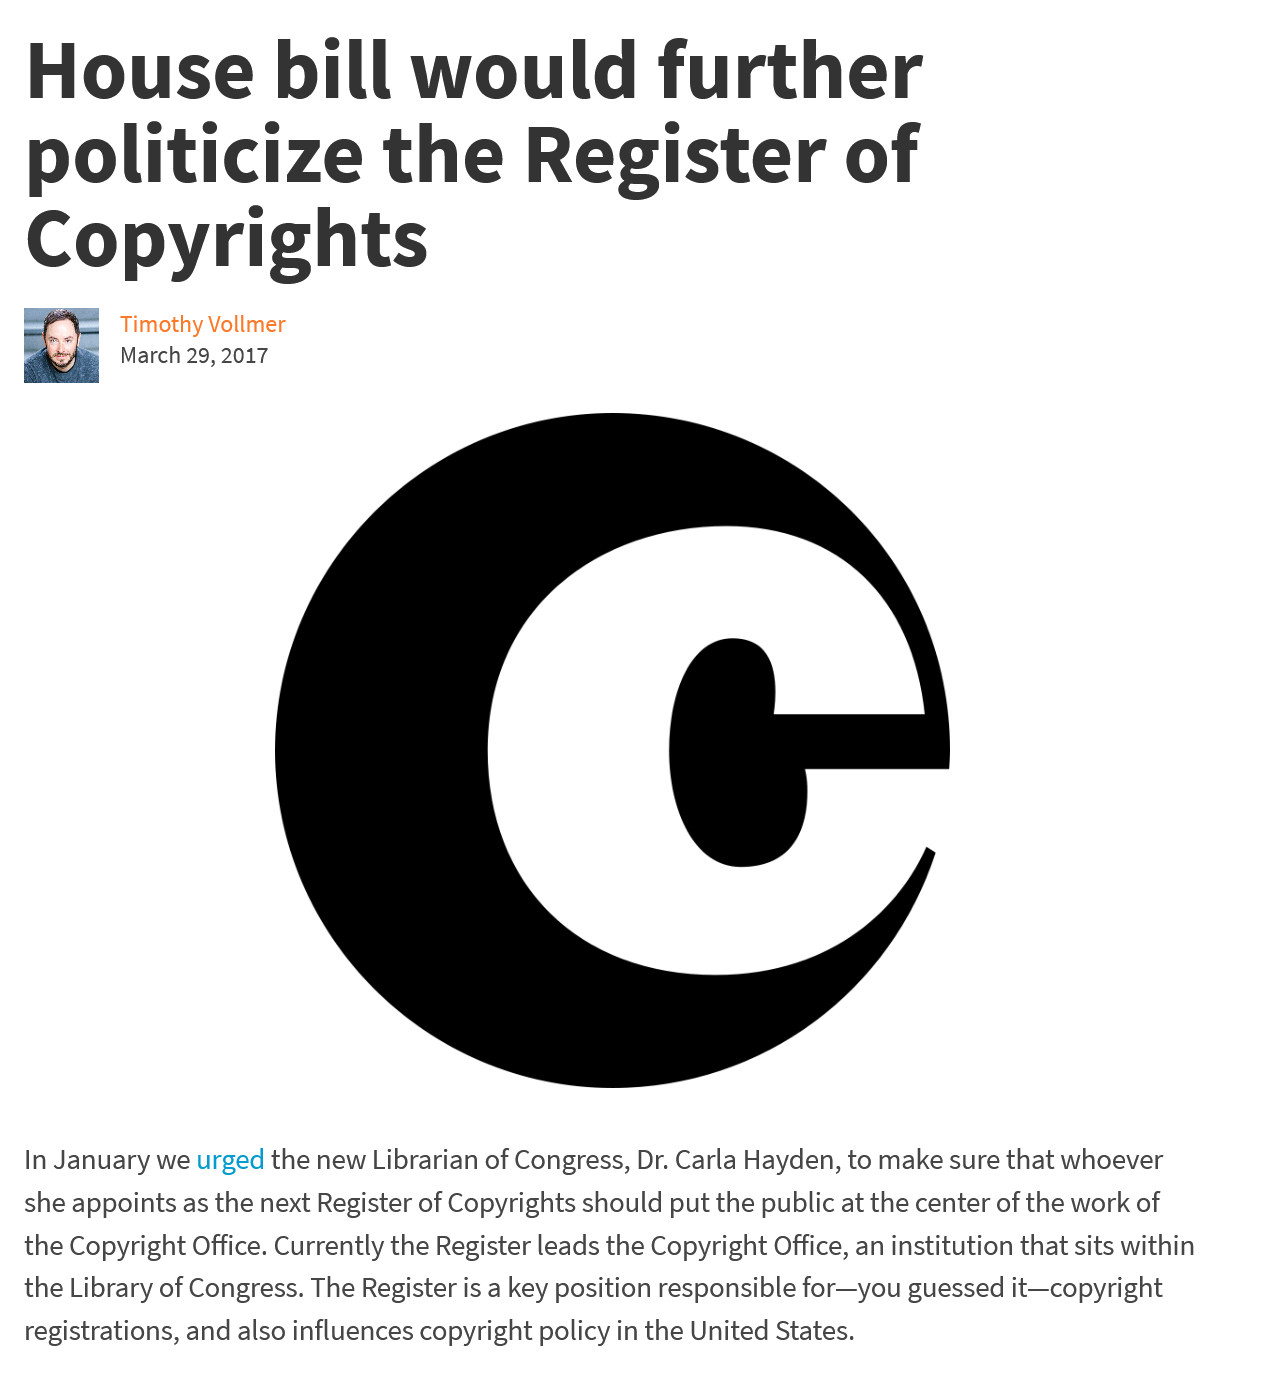
House    bill    would    further
   politicize    the    Register    of
   Copyrights
     Timothy Vollmer
     March 29, 2017
   In January we urged the new Librarian of Congress, Dr. Carla Hayden, to make sure that whoever
  she appoints as the next Register of Copyrights should put the public at the center of the work of
  the Copyright Office. Currently the Register leads the Copyright Office, an institution that sits within
  the Library of Congress. The Register is a key position responsible for—you guessed it—copyright
   registrations, and also influences copyright policy in the United States.